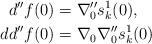
LaTeX: \begin{align*} d''f(0) &= \nabla''_0 s_k^1 (0), \\ dd''f(0) &= \nabla_0\nabla''_0 s_k^1 (0) \end{align*}